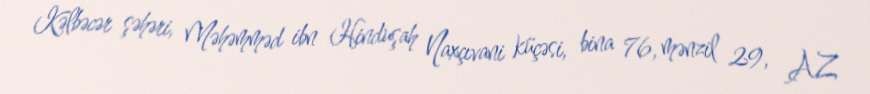
Kəlbəcər şəhəri, Məhəmməd ibn Hinduşah Naxçıvani küçəsi, bina 76, mənzil 29, AZ